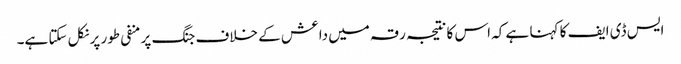
ایس ڈی ایف کا کہنا ہے کہ اس کا نتیجہ رقہ میں داعش کے خلاف جنگ پر منفی طور پر نکل سکتا ہے۔